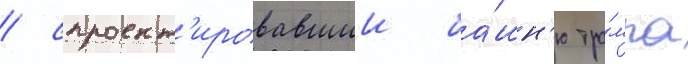
/ спроект'ировавшии ба́шн'ю тра́мпа